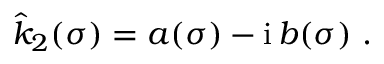
\hat { k } _ { 2 } ( \sigma ) = a ( \sigma ) - \mathrm { i } \, b ( \sigma ) \ .